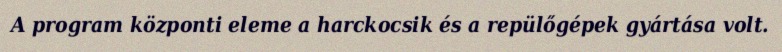
A program központi eleme a harckocsik és a repülőgépek gyártása volt.